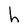
Character: h